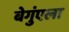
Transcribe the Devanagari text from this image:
बेगुंएला